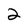
Character: 2